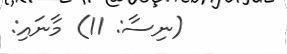
(ނިސާ: 11) މާނައި: